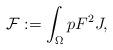
LaTeX: \begin{align*} \mathcal{F} := \int_\Omega p F^2 J,\end{align*}